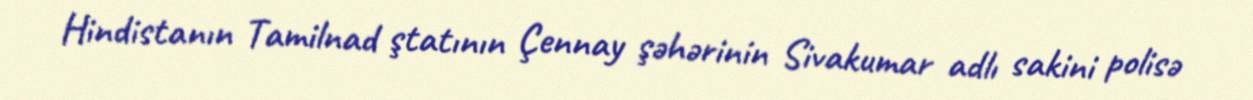
Hindistanın Tamilnad ştatının Çennay şəhərinin Sivakumar adlı sakini polisə